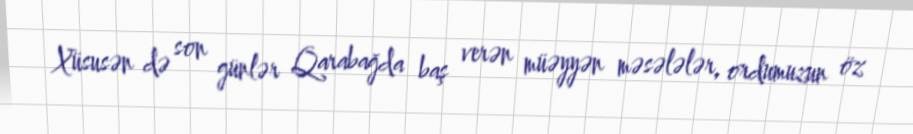
Xüsusən də son günlər Qarabağda baş verən müəyyən məsələlər, ordumuzun öz